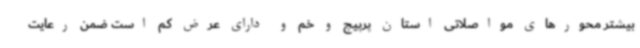
بیشتر محورهای مواصلاتی استان پرپیچ و خم و دارای عرض کم است ضمن رعایت